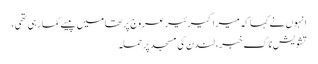
انہوں نے کہا کہ میرا کیرئیر عروج پر تھامیں پیسے کما رہی تھی،
تشویش ناک خبر، لندن کی مسجد پر حملہ